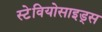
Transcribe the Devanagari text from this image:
स्टेवियोसाइड्स